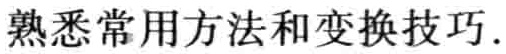
熟悉常用方法和变换技巧.